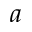
a